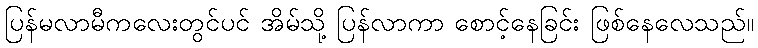
ပြန်မလာမီကလေးတွင်ပင် အိမ်သို့ ပြန်လာကာ စောင့်နေခြင်း ဖြစ်နေလေသည်။